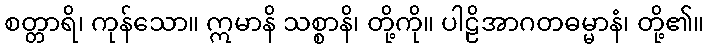
စတ္တာရိ၊ ကုန်သော။ ဣမာနိ သစ္စာနိ၊ တို့ကို။ ပါဠိအာဂတဓမ္မာနံ၊ တို့၏။